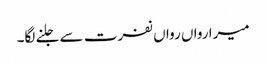
میرا رواں رواں نفرت سے جلنے لگا۔